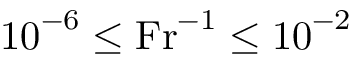
{ { 1 0 } ^ { - 6 } \le \mathrm { F r } ^ { - 1 } } \le { 1 0 } ^ { - 2 }